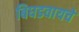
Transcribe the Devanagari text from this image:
बिघडवायचे